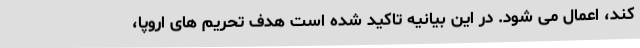
کند، اعمال می شود. در این بیانیه تاکید شده است هدف تحریم های اروپا،